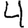
Digit: 4